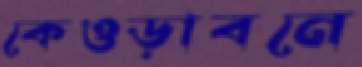
কেওড়াবনে